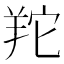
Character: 䍫